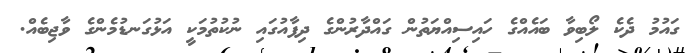
ގައުމު ދެކެ ލޯބިވާ ބައެއްގެ ހައިސިއްޔަތުން ގައްދާރުންގެ ދިފާއުގައި ނުކުތުމަކީ އަޅުގަނޑުމެންގެ ވާޖިބެއް.